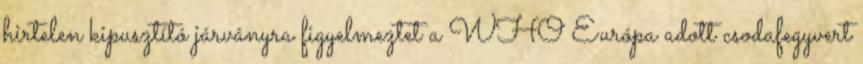
hirtelen kipusztító járványra figyelmeztet a WHO Európa adott csodafegyvert